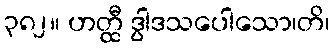
၃၈၂။ ဟတ္ထီ ဒွါဒသပေါသော၊တိ၊